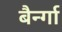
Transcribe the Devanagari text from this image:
बैर्न्गा